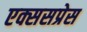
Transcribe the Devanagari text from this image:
एक्ससप्रेस